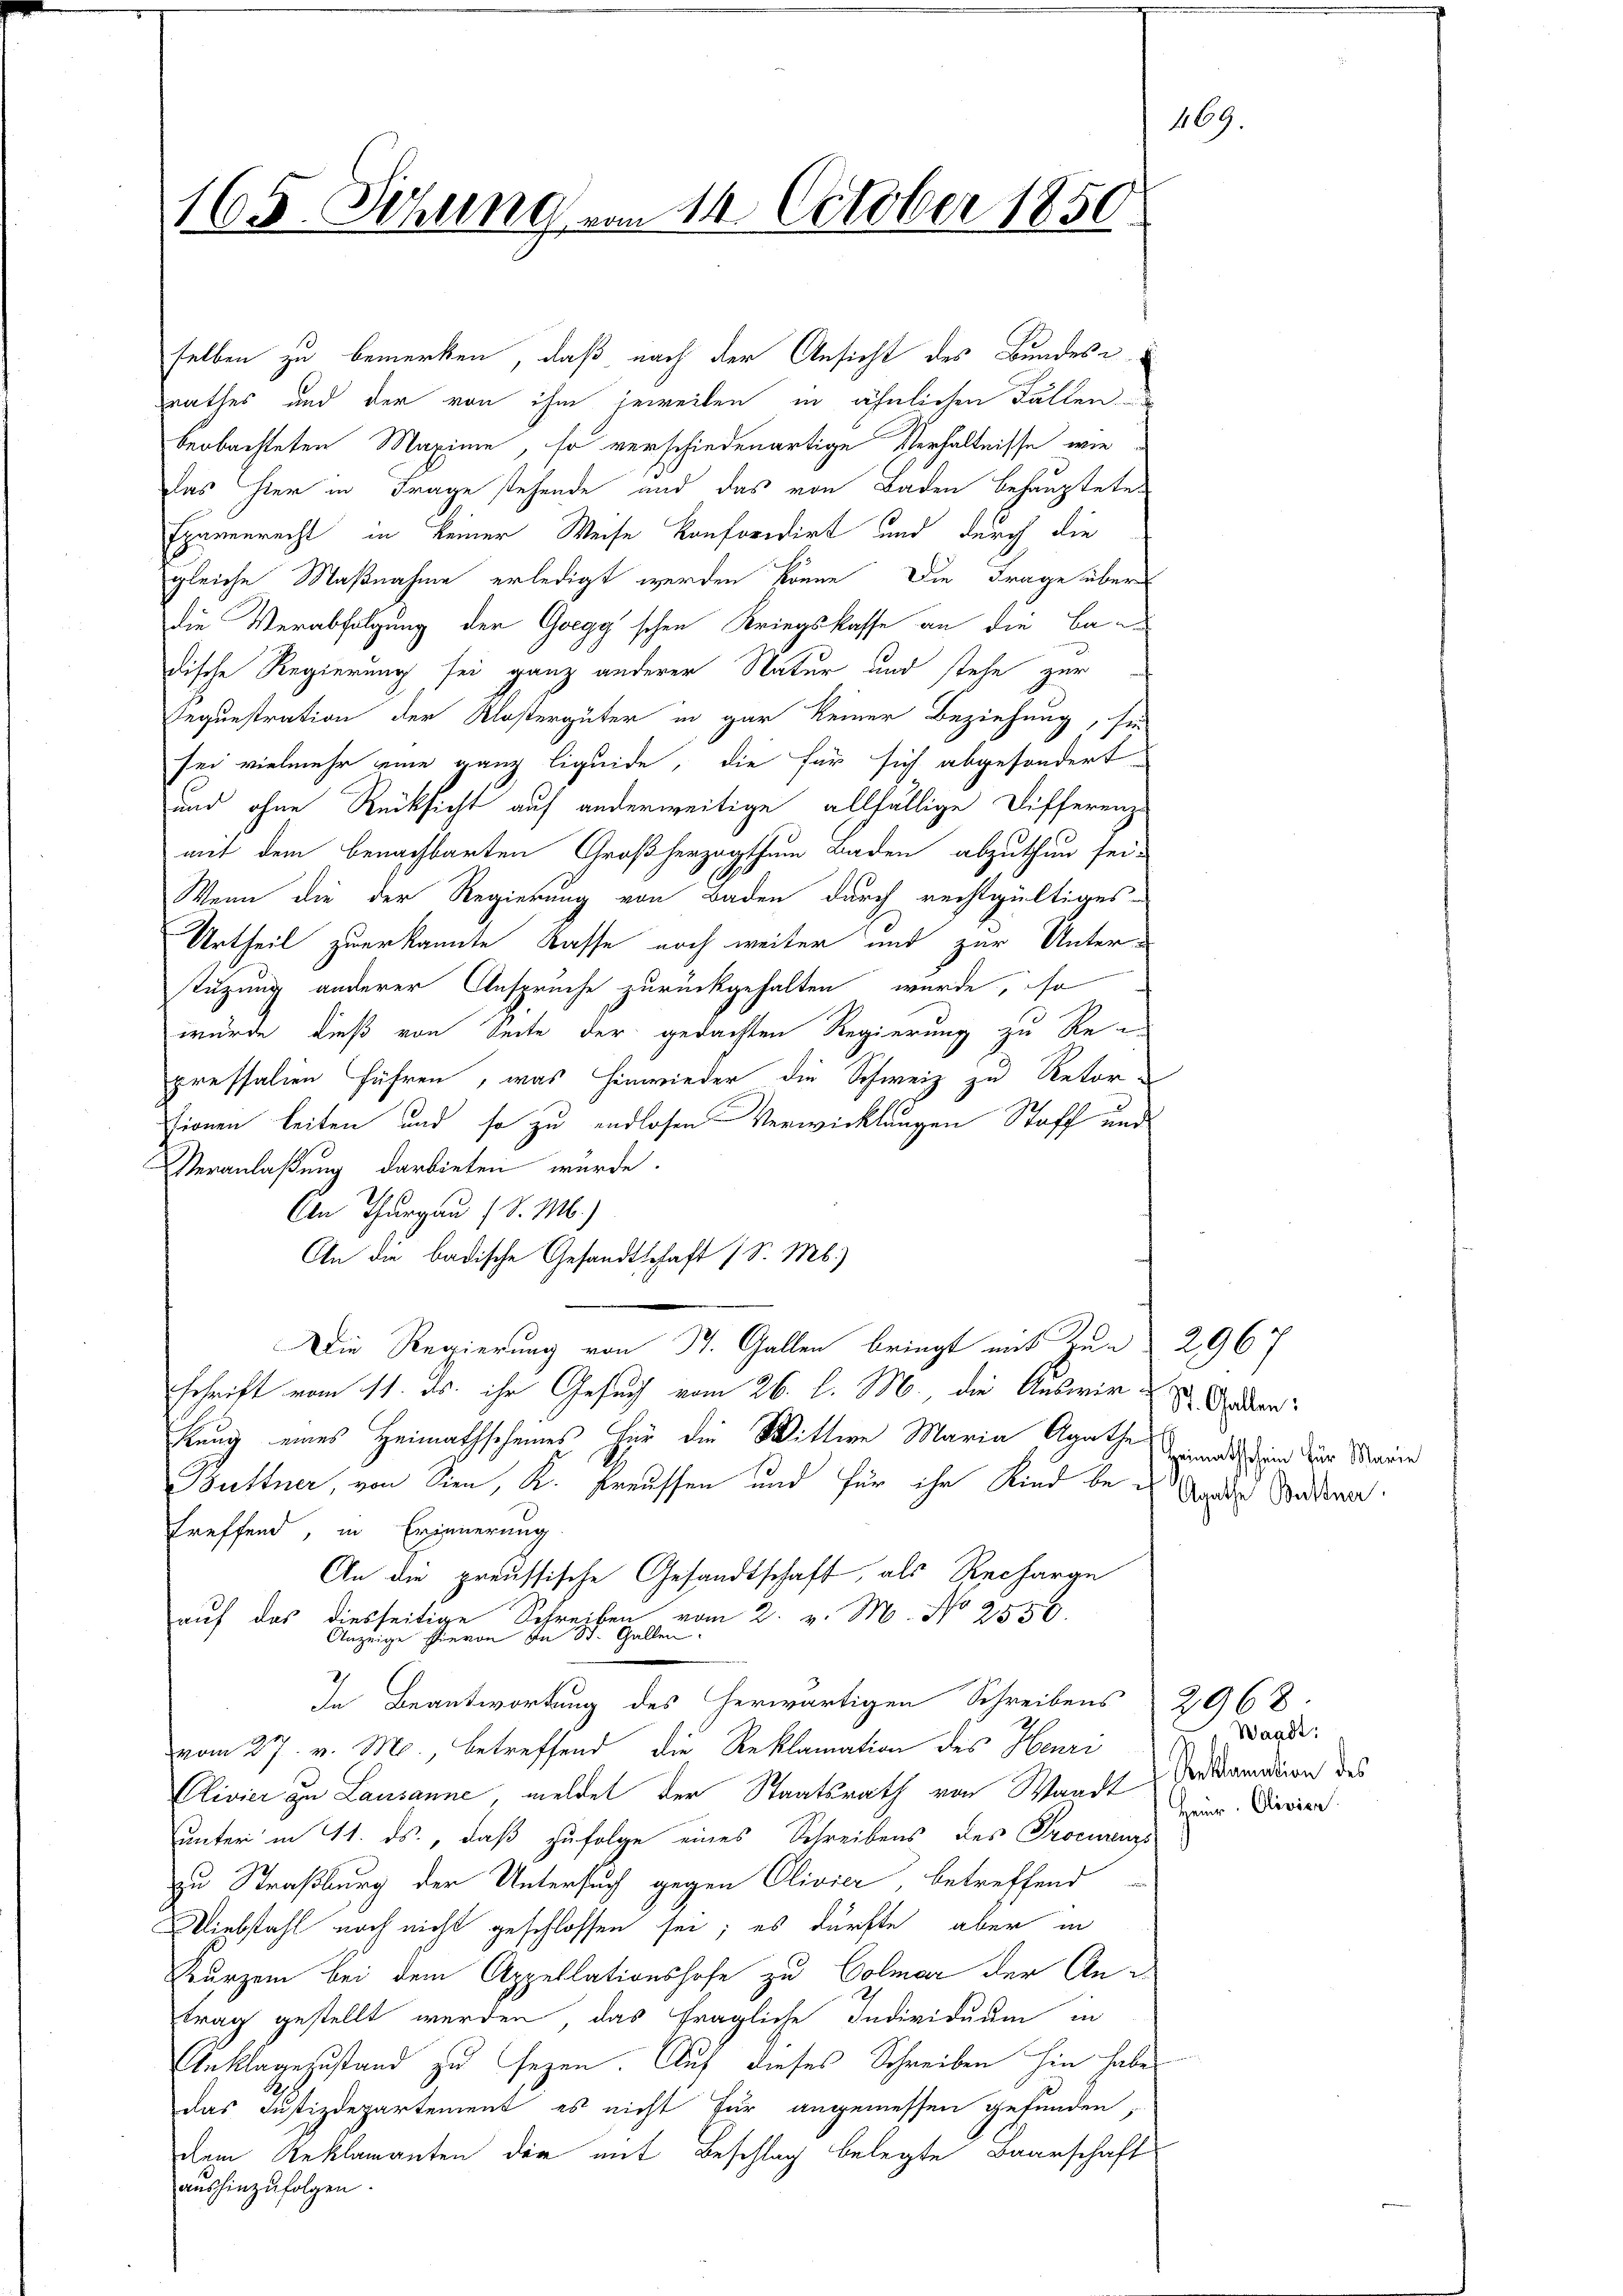
165. Sitzung vom 14. October 1850.

selben zu bemerken, daß nach der Ansicht des Bundes-
rathes und der von ihm jeweilen in ähnlichen Fällen
beobachteten Maxime, so verschiedenartige Verhältnisse, wie
Das hier in Frage stehende und das von Baden behauptete
Eparenrecht in keiner Weise konfordirt und durch die
gleiche Maßnahme erledigt werden könne. Die Frage über
die Verabfolgung der Goegg'schen Kriegskasse an die Ban
dische Regierung sei ganz anderer Natur und stehe zur
Regunstration der Klostergüter in gar keiner Beziehung, sie
sei vielmehr eine ganz liquide, die für sich abgesondert
und ohne Rücksicht auf anderweitige allfällige Differenz-
mit dem benachbarten Großherzogthum Baden abzuthun sei.
Wenn die der Regierung von Baden durch rechtgültiges
Urtheil zuerkannte Rasse noch weiter und zur Unterstüzung anderer Anspruche zurückgehalten würde, so
würde dieß von Seite der gedachten Regierung zu Re-
pressalien führen, was hinwieder die Schweiz zu Retor-
tionen leiten und so zu endlosen Verwicklungen Stoff und
Veranlaßung darbieten würde.
An Thurgau (S. M.)
An die badische Gesandtschaft (S. Mb.)
Die Regierung von St. Gallen bringt mit Zur 2967
schrift vom 11. ds. ihr Gesuch vom 26. l. M. die Auswir-
kung eines Heimathscheines für die Wittwe Maria Agathe  und in der Marie
Büttner, von Sinn, K. Freussen und für ihr Kind bei der Stadtra
treffend, in Erinnerung
An die preussische Gesandtschaft, als Recharge
auf das diesseitige Schreiben vom 2. v. M. No 2550.
Anzeige hievon an St. Gallen
z
In Beantwortung des herwärtigen Schreibens
vom 27. v. M., betreffend die Reklamation des Henri
Clivier zu Lausanne meldet der Staatsrath von Waadt
unter in St. ds., daß zufolge eines Schreibens des Procurenzs
zu Straßburg der Untersuch gegen Clivier, betreffend
Viebstahl noch nicht geschlossen sei; es dürfte, aber in
Kurzem bei dem Appellationshofe zu Colmar der Antrag gestellt werden, das fragliche Individuum in
Anklagezustand zu sezen. Auf dieses Schreiben hin habe
das Justizdepartement es nicht für angemessen gefunden,
dem Reklamanten der mit Beschlag belegte Baarschaft
aushinzufolgen.

St. Gallen:

169.

2968
Waadt:
Reklamation des
Heinr. Olivier